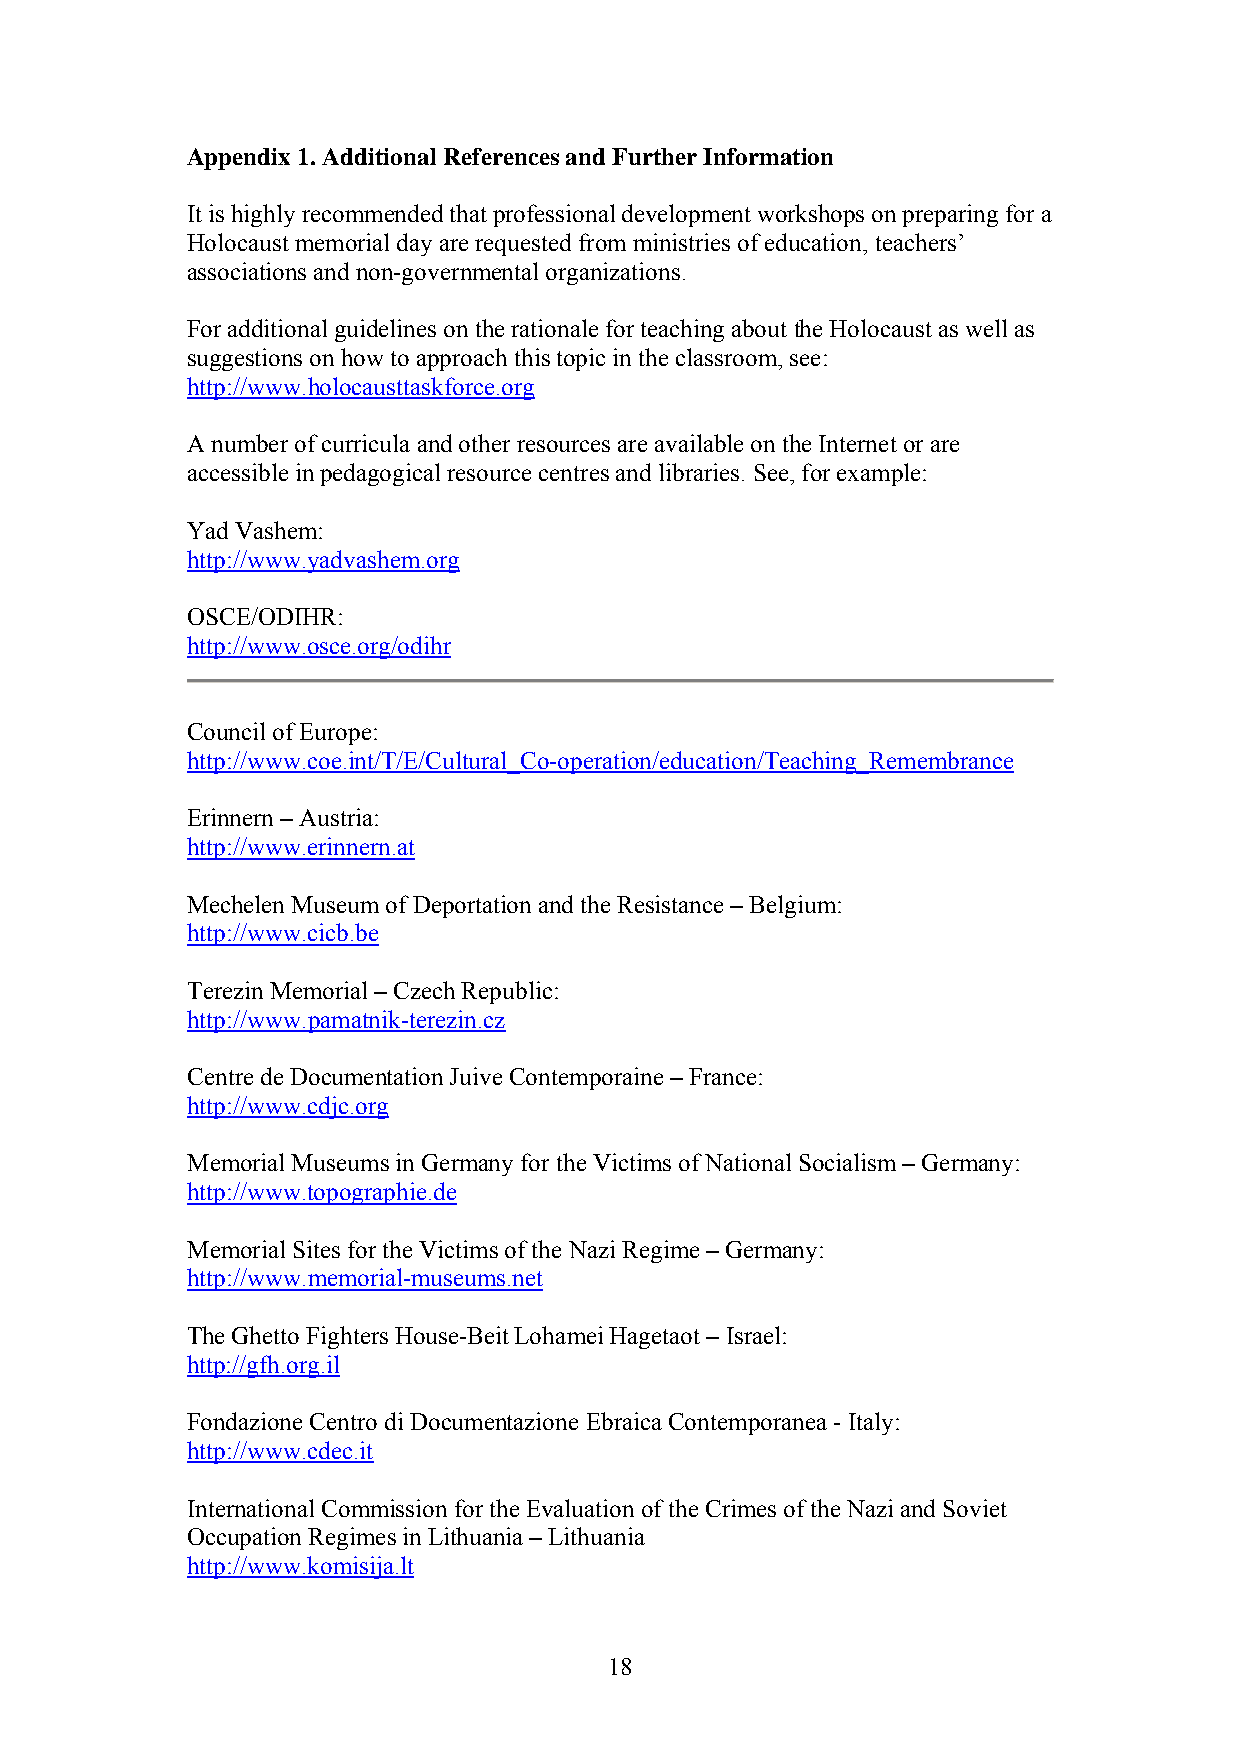
Appendix 1. Additional References and Further Information
 It is highly recommended that professional development workshops on preparing for a
 Holocaust memorial day are requested from ministries of education, teachers’
 associations and non-governmental organizations.
 For additional guidelines on the rationale for teaching about the Holocaust as well as
 suggestions on how to approach this topic in the classroom, see:
 http://www.holocausttaskforce.org
 A number of curricula and other resources are available on the Internet or are
 accessible in pedagogical resource centres and libraries. See, for example:
 Yad Vashem:
 http://www.yadvashem.org
 OSCE/ODIHR:
 http://www.osce.org/odihr
 Council of Europe:
 http://www.coe.int/T/E/Cultural_Co-operation/education/Teaching_Remembrance
 Erinnern – Austria:
 http://www.erinnern.at
 Mechelen Museum of Deportation and the Resistance – Belgium:
 http://www.cicb.be
 Terezin Memorial – Czech Republic:
 http://www.pamatnik-terezin.cz
 Centre de Documentation Juive Contemporaine – France:
 http://www.cdjc.org
 Memorial Museums in Germany for the Victims of National Socialism – Germany:
 http://www.topographie.de
 Memorial Sites for the Victims of the Nazi Regime – Germany:
 http://www.memorial-museums.net
 The Ghetto Fighters House-Beit Lohamei Hagetaot – Israel:
 http://gfh.org.il
 Fondazione Centro di Documentazione Ebraica Contemporanea - Italy:
 http://www.cdec.it
 International Commission for the Evaluation of the Crimes of the Nazi and Soviet
 Occupation Regimes in Lithuania – Lithuania
 http://www.komisija.lt
 18